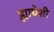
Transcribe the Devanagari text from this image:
ह्याचेशी